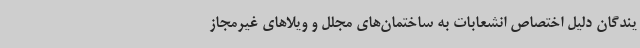
یندگان دلیل اختصاص انشعابات به ساختمان‌های مجلل و ویلاهای غیرمجاز